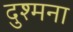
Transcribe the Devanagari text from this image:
दुश्मना